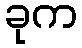
ခုက